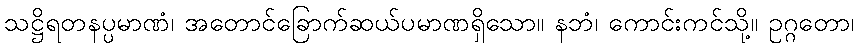
သဋ္ဌိရတနပ္ပမာဏံ၊ အတောင်ခြောက်ဆယ်ပမာဏရှိသော။ နဘံ၊ ကောင်းကင်သို့။ ဥဂ္ဂတော၊